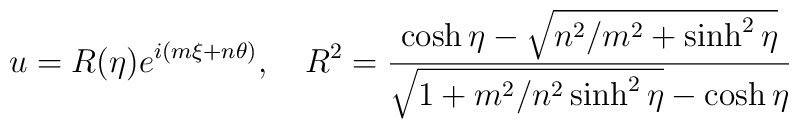
u = R(\eta) e^{i(m\xi + n \theta) }, \quad R^2 = { \cosh \eta - \sqrt{n^2/m^2 + \sinh^2 \eta } \over \sqrt{1 + m^2/n^2 \sinh^2 \eta } - \cosh \eta }